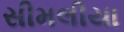
સીમલીયા